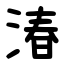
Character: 湷